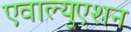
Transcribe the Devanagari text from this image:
एवाल्युएशन